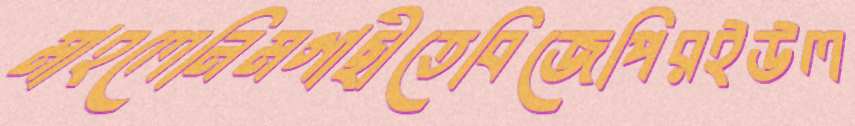
মাহলেনিমগাছীতেবিজেপিরইউল